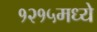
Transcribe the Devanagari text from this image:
१२१५मध्ये